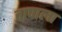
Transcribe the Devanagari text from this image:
तापाला